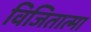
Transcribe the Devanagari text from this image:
विजितात्मा